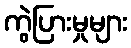
ကွဲပြားမှုများ